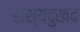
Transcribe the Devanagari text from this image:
हास्यदुखद